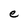
Character: e